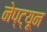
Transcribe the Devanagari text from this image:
नेप्ट्यून